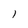
Character: l